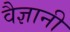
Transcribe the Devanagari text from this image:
वैज्ञानी